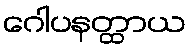
ဂေါပနတ္ထာယ